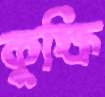
কুক্ষি